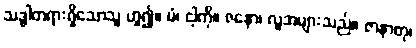
သဒ္ဓါတရားရှိသောသူ ဟူ၍။ မံ၊ ငါ့ကို။ ဇနော၊ လူအများသည်။ ဇာနာတု၊